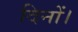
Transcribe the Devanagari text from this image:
दिनों।